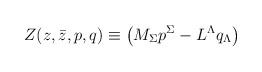
LaTeX: \begin{align*}Z(z,\bar{z},{p},{q}) \equiv \left( M_\Sigma {p}^\Sigma-L^\Lambda {q}_\Lambda\right)\end{align*}